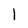
Character: 1